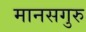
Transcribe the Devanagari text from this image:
मानसगुरु